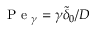
\textrm { P e } _ { \gamma } = \gamma \widetilde { \delta } _ { 0 } / D